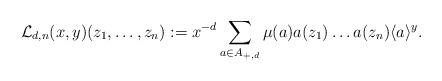
LaTeX: \begin{align*}\mathcal{L}_{d,n}(x,y)(z_1,\dots,z_n):=x^{-d}\sum\limits_{a\in A_{+,d}} \mu(a)a(z_1)\dots a(z_n)\langle a \rangle^y.\end{align*}